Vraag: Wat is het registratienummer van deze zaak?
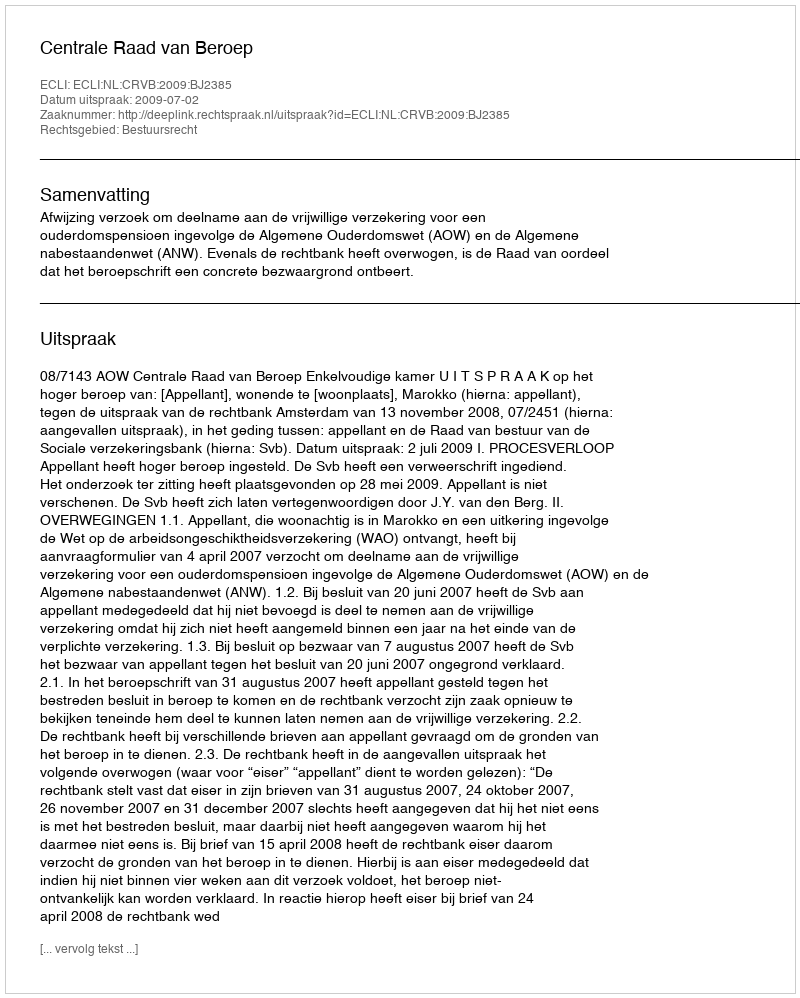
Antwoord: http://deeplink.rechtspraak.nl/uitspraak?id=ECLI:NL:CRVB:2009:BJ2385